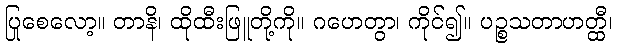
ပြုစေလော့။ တာနိ၊ ထိုထီးဖြူတို့ကို။ ဂဟေတွာ၊ ကိုင်၍။ ပဉ္စသတာဟတ္ထီ၊